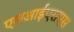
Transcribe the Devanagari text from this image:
एलआईएसएस